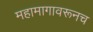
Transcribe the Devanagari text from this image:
महामागावरूनच